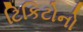
ટિકિટોનો